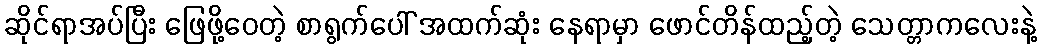
ဆိုင်ရာအပ်ပြီး ဖြေဖို့ဝေတဲ့ စာရွက်ပေါ် အထက်ဆုံး နေရာမှာ ဖောင်တိန်ထည့်တဲ့ သေတ္တာကလေးနဲ့